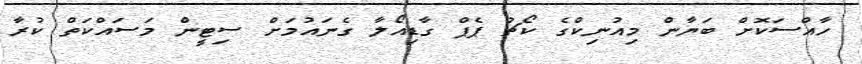
ހާއްސަކޮށް ބަޔާން މިއުނިކްގެ ކޯޗު ޕެޕް ގާޑިއޯލާ ގެނައުމަށް ސިޓީން މަސައްކަތް ކުރާ